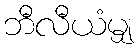
ဘီလီယံမျှ